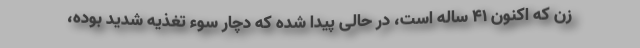
زن که اکنون ۴۱ ساله است، در حالی پیدا شده که دچار سوء تغذیه شدید بوده،